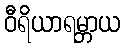
ဝီရိယာရမ္ဘာယ